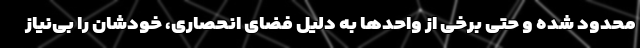
محدود شده و حتی برخی از واحدها به دلیل فضای انحصاری، خودشان را بی‌نیاز